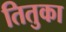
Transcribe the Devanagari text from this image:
तितुका